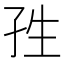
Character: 𭒿